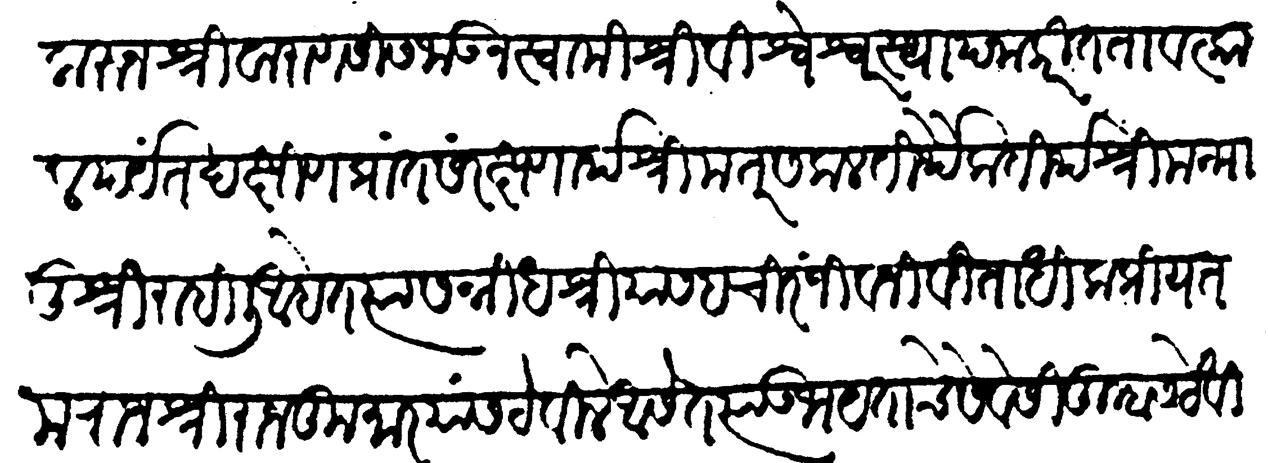
Transliteration (Devanagari): करून श्रीवाराणसीस जाऊन स्वामी श्री विश्वेश्वर स्थापना करीत तावत्काल पर्यंत दक्षिण प्रांत संरक्षणार्थ श्रीमत् सकल तीर्थैक तीर्थ श्रीमन्मातुश्री राहिली आहेत त्यासन्निध श्रियासह चिरंजीव जीविताधिक प्रियतम राजश्री राजकुमार यांस ठेविले असेत त्या उभयतांचे सेवेसी तुम्हास ठेवीलें